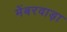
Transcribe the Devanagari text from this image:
मेंबरवाड़ा